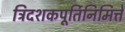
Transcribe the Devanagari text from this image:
त्रिदशकपूर्तिनिमित्ते